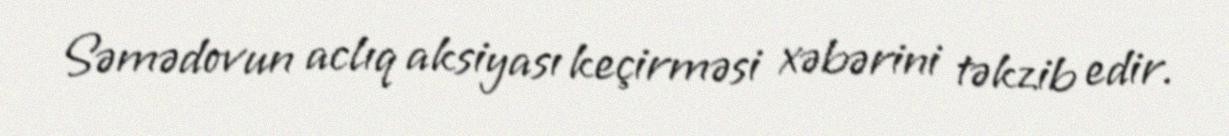
Səmədovun aclıq aksiyası keçirməsi xəbərini təkzib edir.